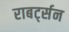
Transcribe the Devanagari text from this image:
राबर्ट्सन